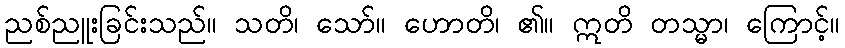
ညစ်ညူးခြင်းသည်။ သတိ၊ သော်။ ဟောတိ၊ ၏။ ဣတိ တသ္မာ၊ ကြောင့်။